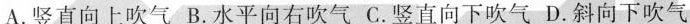
A.竖直向上吹气 B.水平向右吹气 C.竖直向下吹气 D.斜向下吹气